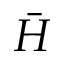
\bar { H }